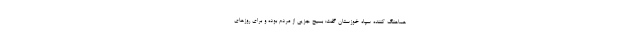
هماهنگ کننده سپاه خوزستان گفت: بسیج جزیی از مردم بوده و برای روزهای